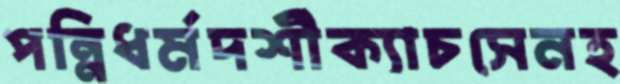
পন্নিধর্মদর্শীক্যাচসেনহ